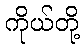
ကိုယ်တို့